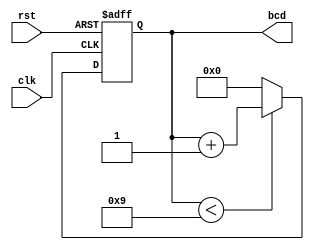
module bcd_counter (
    input wire clk,        // Clock input
    input wire rst,        // Asynchronous reset input
    output reg [3:0] bcd   // 4-bit BCD output
);

// Sequential logic for BCD counter
always @(posedge clk or posedge rst) begin
    if (rst) begin
        // Asynchronous reset
        bcd <= 4'b0000; // Reset to 0
    end else begin
        // Counting logic
        if (bcd < 4'b1001) begin
            bcd <= bcd + 1; // Increment BCD value
        end else begin
            bcd <= 4'b0000; // Reset to 0 after reaching 9
        end
    end
end

endmodule